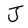
Character: J